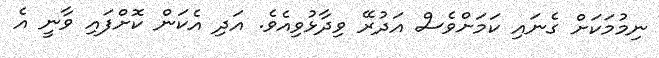
ނިމުމަކަށް ގެނައި ކަމަށްވެސް އަދުރޭ ވިދާޅުވިއެވެ. އަދި އެކަން ކޮށްފައި ވާނީ އެ